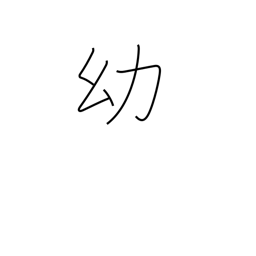
Meaning: childhood